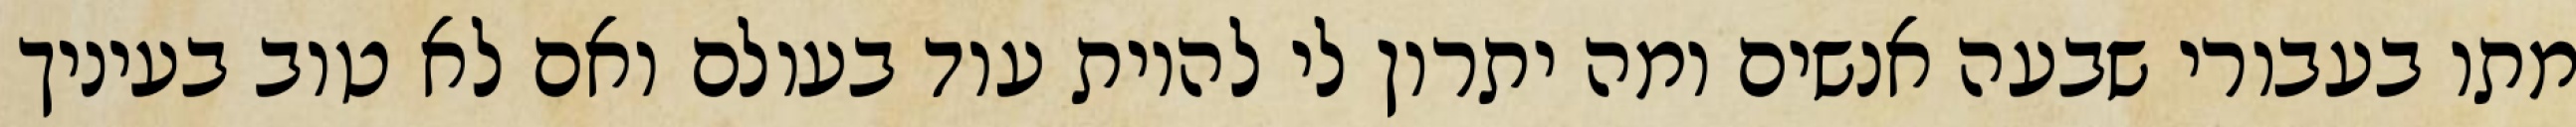
מתו בעבורי שבעה אנשים ומה יתרון לי להיות עוד בעולם ואם לא טוב בעיניך